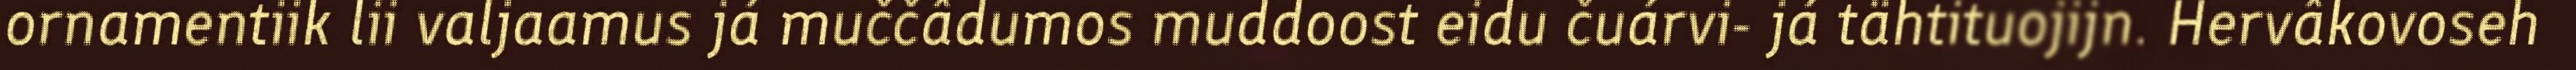
ornamentiik lii valjaamus já muččâdumos muddoost eidu čuárvi- já tähtituojijn. Hervâkovoseh